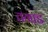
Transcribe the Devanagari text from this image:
तगाड